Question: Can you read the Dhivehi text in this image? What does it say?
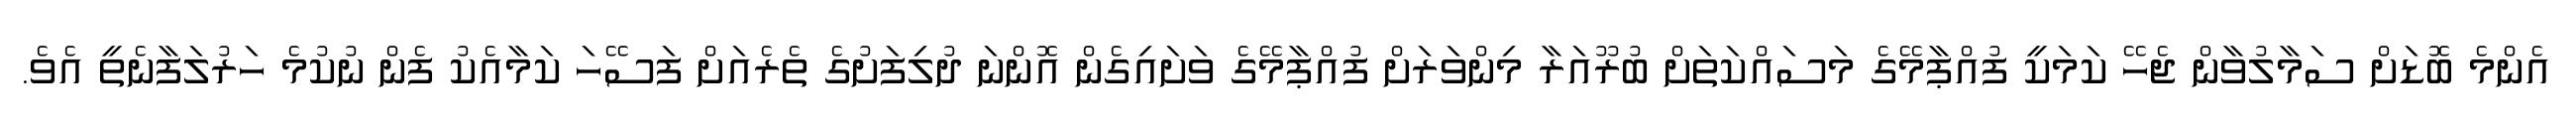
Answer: އެންމެ ބޮޑަށް ސަމާލުވާން ޖެހޭ ކަމަކީ ފުއްޕާމޭގެ މަސައްކަތަށް ބުރޫއަރާ މިންވަރަށް ފުއްޕާމޭގެ ވަށައިގެން އޮންނަ ދުލިފަށުގެ ތެރެއަށް ފަސޭހަ ކަމާއެކު ފެން ނުކުމެ ހަރުލަފާނެތީ އެވެ.